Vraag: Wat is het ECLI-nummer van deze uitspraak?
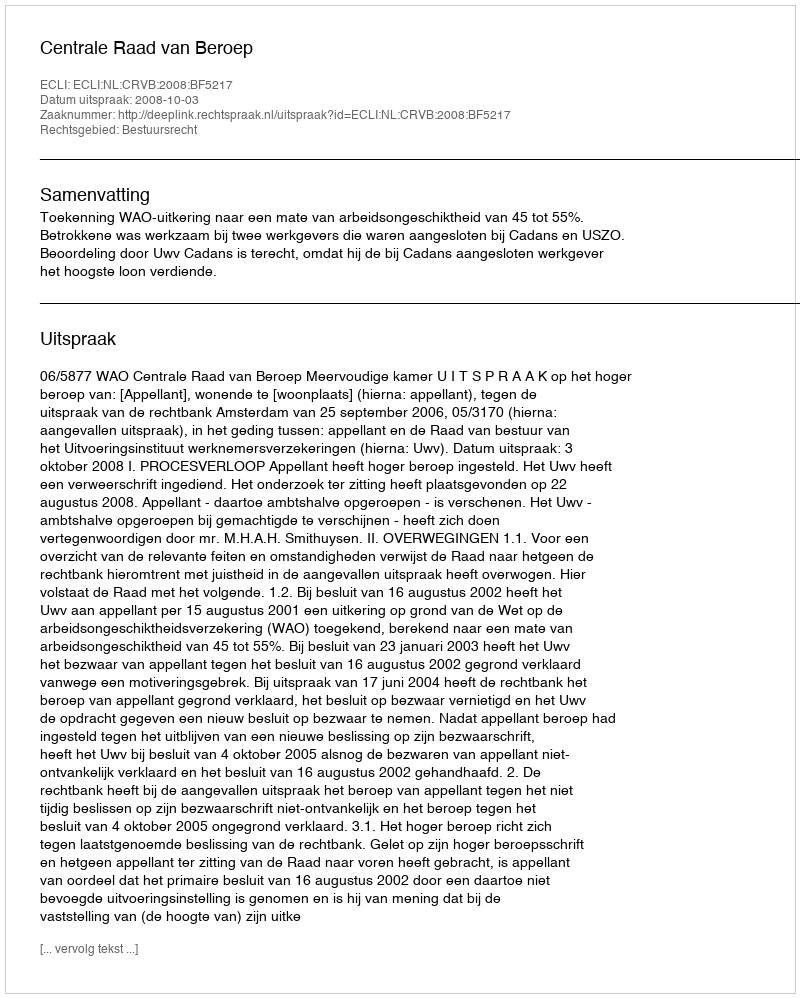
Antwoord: ECLI:NL:CRVB:2008:BF5217